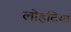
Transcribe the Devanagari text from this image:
लोहटिया